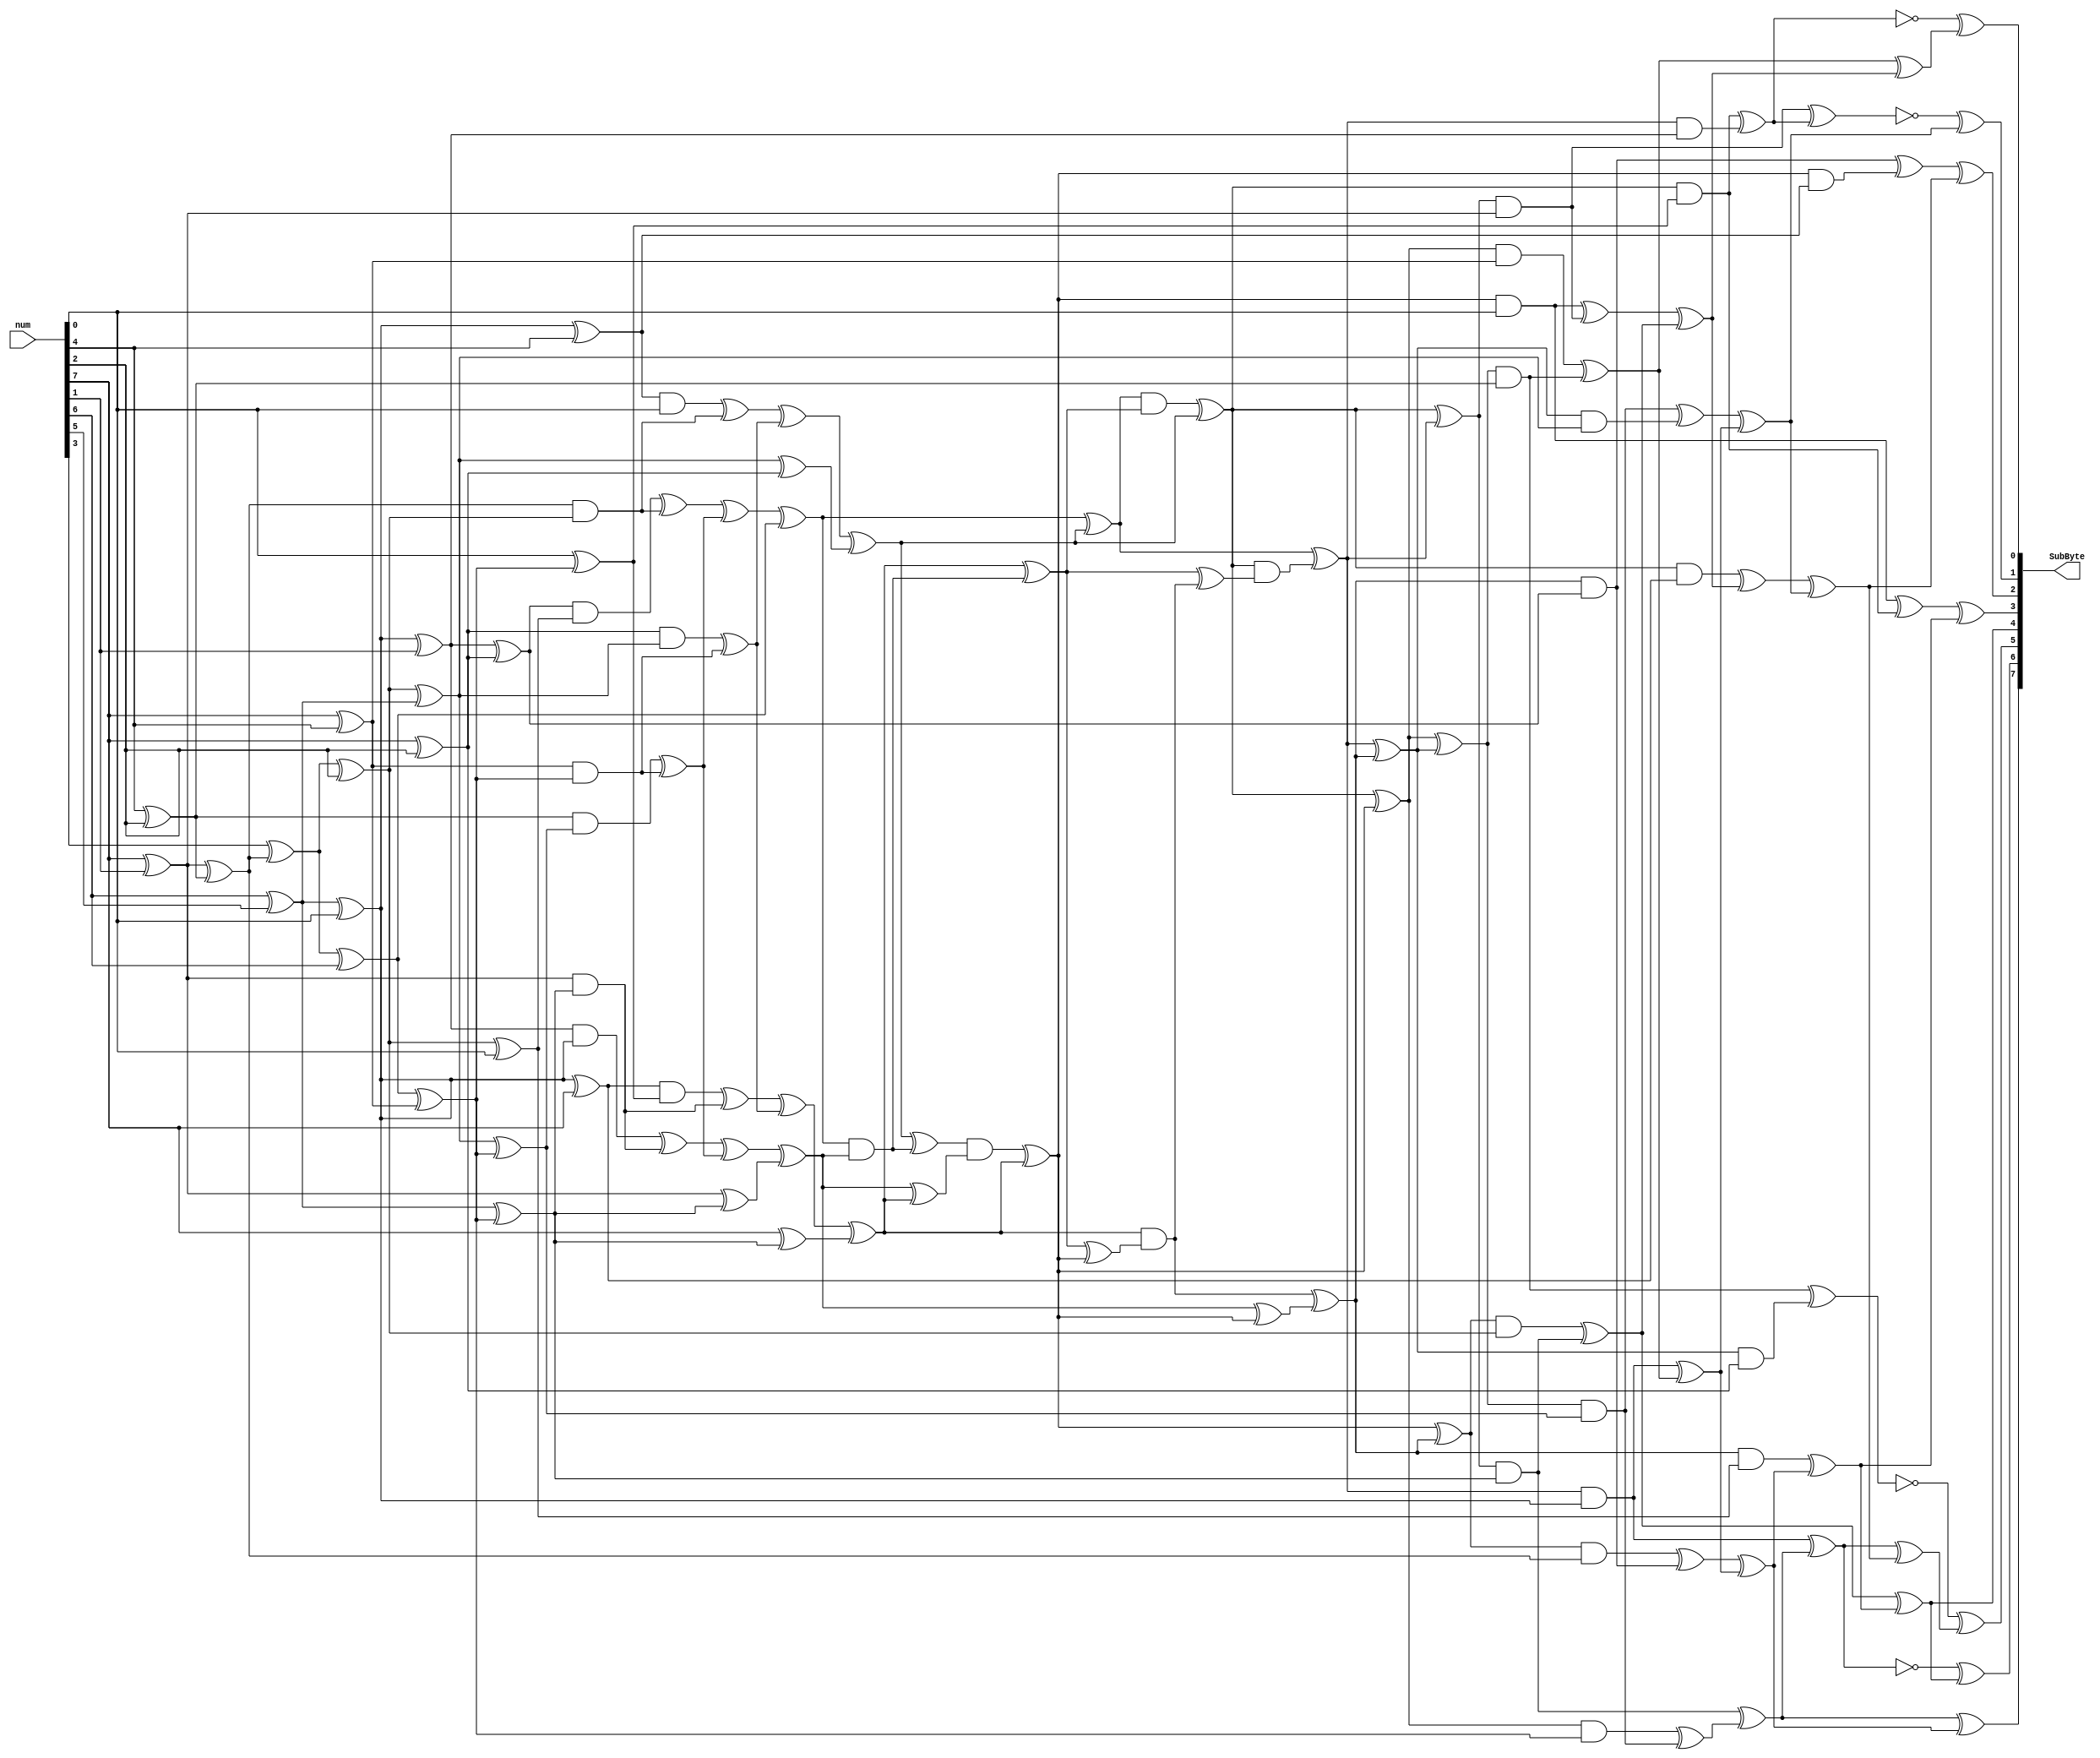
module sbox(
	output [7:0] SubByte,
	input [7:0] num
	);
	
	wire[0:7] s, x;

	assign x = num;
	assign SubByte = s;
	
	wire [21:0] y;
	wire [67:0] t;
	wire [17:0] z;
	
	assign y[14] = x[3] ^ x[5];
	assign y[13] = x[0] ^ x[6];
	assign y[9] = x[0] ^ x[3];
	assign y[8] = x[0] ^ x[5];
	assign t[0] = x[1] ^ x[2];
	assign y[1] = t[0] ^ x[7];
	assign y[4] = y[1] ^ x[3];
	assign y[12] = y[13] ^ y[14];
	assign y[2] = y[1] ^ x[0];
	assign y[5] = y[1] ^ x[6];
	assign y[3] = y[5] ^ y[8];
	assign t[1] = x[4] ^ y[12];
	assign y[15] = t[1] ^ x[5];
	assign y[20] = t[1] ^ x[1];
	assign y[6] = y[15] ^ x[7];
	assign y[10] = y[15] ^ t[0];
	assign y[11] = y[20] ^ y[9];
	assign y[7] = x[7] ^ y[11];
	assign y[17] = y[10] ^ y[11];
	assign y[19] = y[10] ^ y[8];
	assign y[16] = t[0] ^ y[11];
	assign y[21] = y[13] ^ y[16];
	assign y[18] = x[0] ^ y[16];
	
	assign t[2] = y[12] & y[15];
	assign t[3] = y[3] & y[6];
	assign t[4] = t[3] ^ t[2];
	assign t[5] = y[4] & x[7];
	assign t[6] = t[5] ^ t[2]; 
	assign t[7] = y[13] & y[16];
	assign t[8] = y[5] & y[1];
	assign t[9] = t[8] ^ t[7];
	assign t[10] = y[2] & y[7];
	assign t[11] = t[10] ^ t[7];
	assign t[12] = y[9] & y[11];
	assign t[13] = y[14] & y[17];
	assign t[14] = t[13] ^ t[12];
	assign t[15] = y[8] & y[10];
	assign t[16] = t[15] ^ t[12];
	assign t[17] = t[4] ^ t[14];
	assign t[18] = t[6] ^ t[16];
	assign t[19] = t[9] ^ t[14];
	assign t[20] = t[11] ^ t[16];
	assign t[21] = t[17] ^ y[20];
	assign t[22] = t[18] ^ y[19];
	assign t[23] = t[19] ^ y[21];
	assign t[24] = t[20] ^ y[18];
	
	assign t[25] = t[21] ^ t[22];
	assign t[26] = t[21] & t[23];
	assign t[27] = t[24] ^ t[26];
	assign t[28] = t[25] & t[27]; 
	assign t[29] = t[28] ^ t[22];
	assign t[30] = t[23] ^ t[24];
	assign t[31] = t[22] ^ t[26];
	assign t[32] = t[31] & t[30];
	assign t[33] = t[32] ^ t[24];
	assign t[34] = t[23] ^ t[33];
	assign t[35] = t[27] ^ t[33];
	assign t[36] = t[24] & t[35]; 
	assign t[37] = t[36] ^ t[34];
	assign t[38] = t[27] ^ t[36];
	assign t[39] = t[29] & t[38];
	assign t[40] = t[25] ^ t[39];
	
	assign t[41] = t[40] ^ t[37];
	assign t[42] = t[29] ^ t[33];
	assign t[43] =  t[29] ^ t[40];
	assign t[44] =  t[33] ^ t[37];
	assign t[45] = t[42] ^ t[41];
	assign z[0] = t[44] & y[15];
	assign z[1] = t[37] & y[6];
	assign z[2] = t[33] & x[7];
	assign z[3] = t[43] & y[16];
	assign z[4] = t[40] & y[1];
	assign z[5] = t[29] & y[7];
	assign z[6] = t[42] & y[11];
	assign z[7] = t[45] & y[17];
	assign z[8] = t[41] & y[10];
	assign z[9] = t[44] & y[12];
	assign z[10] = t[37] & y[3];
	assign z[11] = t[33] & y[4];
	assign z[12] = t[43] & y[13];
	assign z[13] = t[40] & y[5];
	assign z[14] = t[29] & y[2];
	assign z[15] = t[42] & y[9];
	assign z[16] = t[45] & y[14];
	assign z[17] = t[41] & y[8];
	
	assign t[46] = z[15] ^ z[16];
	assign t[47] = z[10] ^ z[11];
	assign t[48] = z[5] ^ z[13];
	assign t[49] = z[9] ^ z[10];
	assign t[50] = z[2] ^ z[12];
	assign t[51] = z[2] ^ z[5];
	assign t[52] = z[7] ^ z[8];
	assign t[53] = z[0] ^ z[3];
	assign t[54] = z[6] ^ z[7];
	assign t[55] = z[16] ^ z[17];
	assign t[56] = z[12] ^ t[48];
	assign t[57] = t[50] ^ t[53];
	assign t[58] = z[4] ^ t[46];
	assign t[59] = z[3] ^ t[54];
	assign t[60] = t[46] ^ t[57];
	assign t[61] = z[14] ^ t[57];
	assign t[62] = t[52] ^ t[58];
	assign t[63] = t[49] ^ t[58];
	assign t[64] = z[4] ^ t[59];
	assign t[65] = t[61] ^ t[62];
	assign t[66] = z[1] ^ t[63];
	assign s[0] = t[59] ^ t[63];
	assign s[6] = ~t[56 ] ^ t[62]; 
	assign s[7] = ~t[48 ] ^ t[60]; 
	assign t[67] = t[64] ^ t[65];
	assign s[3] = t[53] ^ t[66];
	assign s[4] = t[51] ^ t[66];
	assign s[5] = t[47] ^ t[65];
	assign s[1] = ~t[64 ] ^ s[3]; 
	assign s[2] = ~t[55 ] ^ t[67]; 
  
endmodule 

module SubBytes(
x,
z);

  input [127:0] x;
  output [127:0] z;

  generate
    genvar i;
    for (i = 0; i < 16; i = i + 1) begin:SBOX
	  sbox sbox(z[8*(i+1)-1:8*i], x[8*(i+1)-1:8*i]);
    end
  endgenerate


endmodule